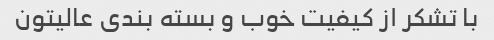
با تشکر از کیفیت خوب و بسته بندی عالیتون